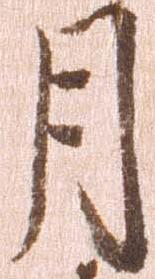
月